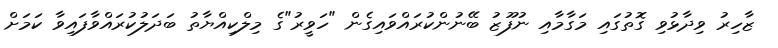
ޒާހިރު ވިދާޅުވި ގޮތުގައި މަގާމާއި ނުފޫޒު ބޭނުންކުރައްވައިގެން "ހަވީރު"ގެ މިލްކިއްޔާތު ބަދަލުކުރައްވާފައިވާ ކަމަށް